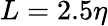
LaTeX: L=2.5\eta